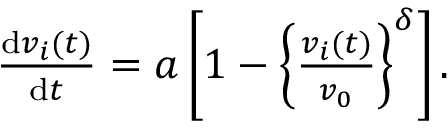
\begin{array} { r } { \frac { \mathrm { d } v _ { i } ( t ) } { \mathrm { d } t } = a \left[ 1 - \left\{ \frac { v _ { i } ( t ) } { v _ { 0 } } \right\} ^ { \delta } \right] . } \end{array}